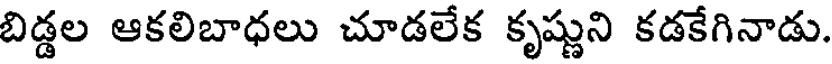
బిడ్డల ఆకలిబాధలు చూడలేక కృష్ణుని కడకేగినాడు.